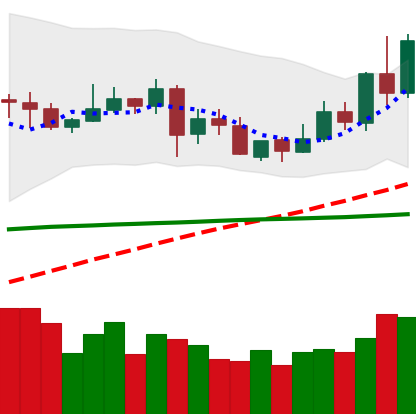
Ticker: XLM-USD
Chart end date: 2020-06-01
Forward return: 5.78%
Label: up_5_7